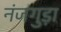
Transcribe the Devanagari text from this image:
नंजगुड़ा